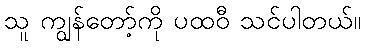
သူ ကျွန်တော့်ကို ပထဝီ သင်ပါတယ်။